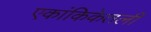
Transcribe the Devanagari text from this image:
एकांकिकेतली